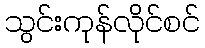
သွင်းကုန်လိုင်စင်